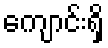
ကျောင်းရှိ